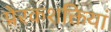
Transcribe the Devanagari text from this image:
प्रेरकशक्तियां